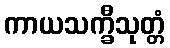
ကာယသက္ခီသုတ္တံ